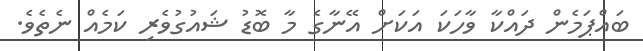
ބައްޕަމެން ދައްކާ ވާހަކަ އަކަށް އޭނާގެ މާ ބޮޑު ޝައުގުވެރި ކަމެއް ނެތެވެ.